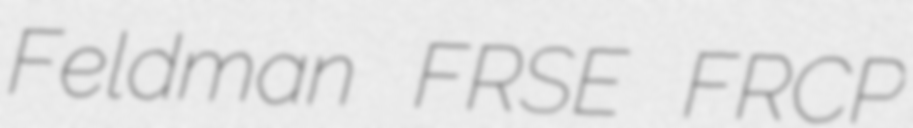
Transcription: Feldman FRSE FRCP